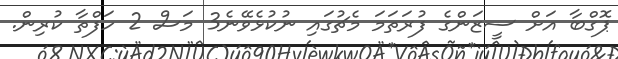
ޕޮގްބާ އަށް ސީޒަންގެ ފުރަތަމަ މެޗުގައި ނުކުޅެވޭނެ3 މަސް 2 ހަފްތާ ކުރިން.